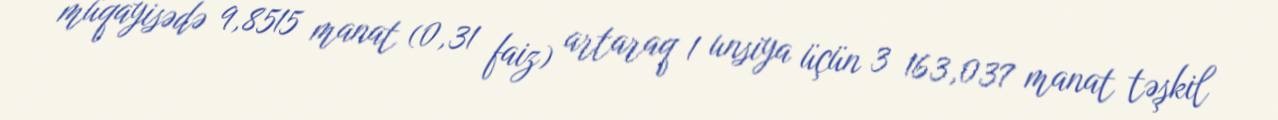
müqayisədə 9,8515 manat (0,31 faiz) artaraq 1 unsiya üçün 3 163,037 manat təşkil